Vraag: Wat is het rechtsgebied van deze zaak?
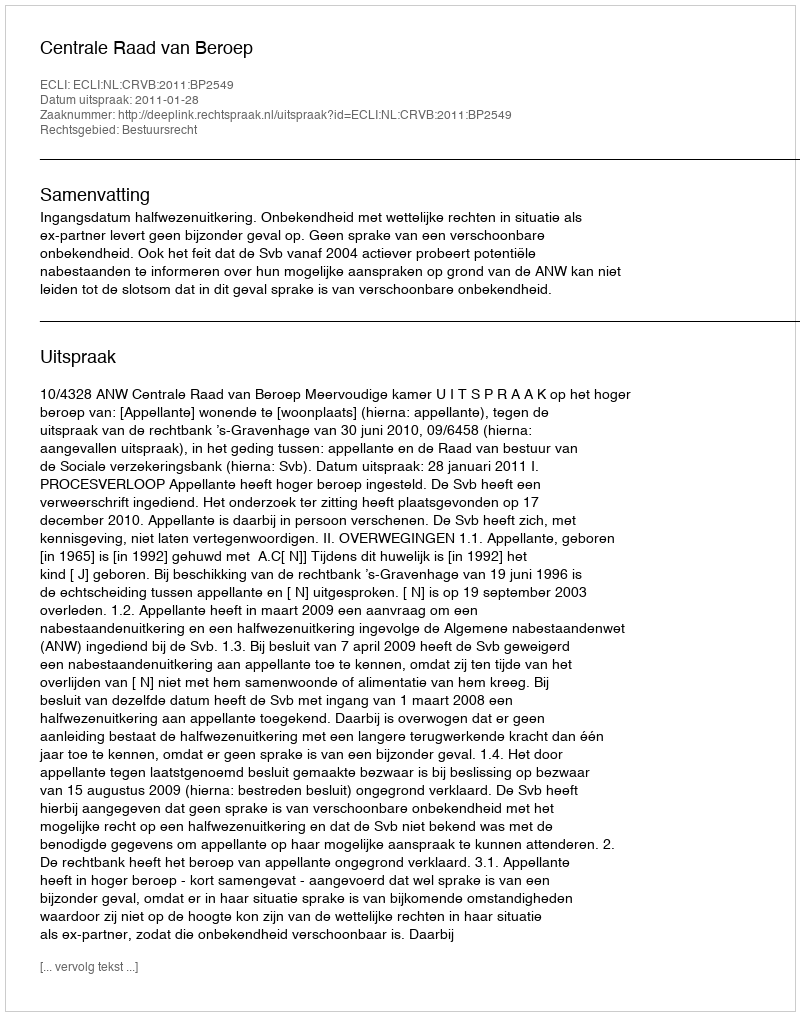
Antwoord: Bestuursrecht